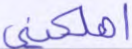
أهلكني